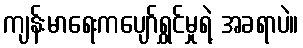
ကျန်းမာရေးကပျော်ရွှင်မှုရဲ့ အခရာပဲ။